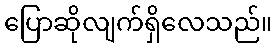
ပြောဆိုလျက်ရှိလေသည်။